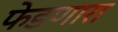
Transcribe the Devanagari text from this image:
फेडणारा